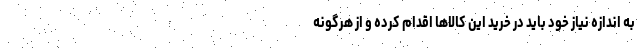
به اندازه نیاز خود باید در خرید این کالاها اقدام کرده و از هرگونه